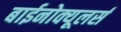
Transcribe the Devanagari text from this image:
बाईनोक्यूलर्स